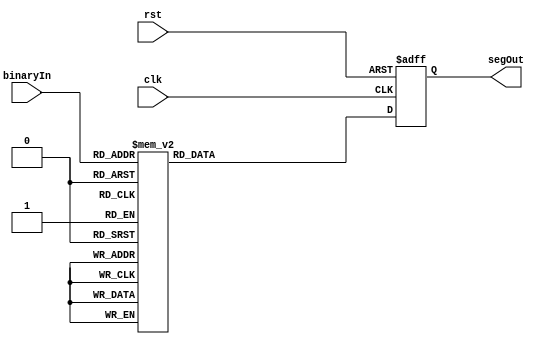
`timescale 1ns / 1ps
//////////////////////////////////////////////////////////////////////////////////
// Company: 
// Engineer: 
// 
// Design Name: 
// Module Name: bin_to_sevenseg
// Project Name: 
// Target Devices: 
// Tool Versions: 
// Description: 
// 
// Dependencies: 
// 
// Revision:
// Revision 0.01 - File Created
// Additional Comments:
// 
//////////////////////////////////////////////////////////////////////////////////


module bin_to_sevenseg(
input clk,
input rst,
input [3:0] binaryIn, output reg [6:0] segOut
);

always @ (posedge clk, posedge rst) begin
    if(rst) begin
        segOut <= 4'h0;
    end
    
    else begin 
      case(binaryIn)
        4'b0000: segOut = 7'b0111111; // 0
        4'b0001: segOut = 7'b0000110; // 1
        4'b0010: segOut = 7'b1011011; // 2
        4'b0011: segOut = 7'b1001111; // 3
        4'b0100: segOut = 7'b1100110; // 4
        4'b0101: segOut = 7'b1101101; // 5
        4'b0110: segOut = 7'b1111101; // 6
        4'b0111: segOut = 7'b0000111; // 7
        4'b1000: segOut = 7'b1111111; // 8
        4'b1001: segOut = 7'b1101111; // 9
        4'b1010: segOut = 7'b1110111; // A
        4'b1011: segOut = 7'b1111100; // B
        4'b1100: segOut = 7'b0111001; // C
        4'b1101: segOut = 7'b1011110; // D
        4'b1110: segOut = 7'b1111001; // E
        4'b1111: segOut = 7'b1110001; // F
        default: segOut = 7'b0000000; // Display nothing if input is out of range
      endcase
      end
end

endmodule